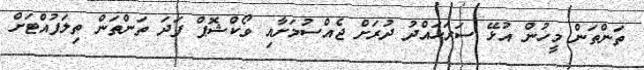
ތަންތަން މީހުން އުޅޭ ސަރަހައްދު ދުރަށް ޖެއްސުމަށާއި ވޯކްޝޮޕް ފަދަ ތަންތަން ތިލަފުއްޓަށް